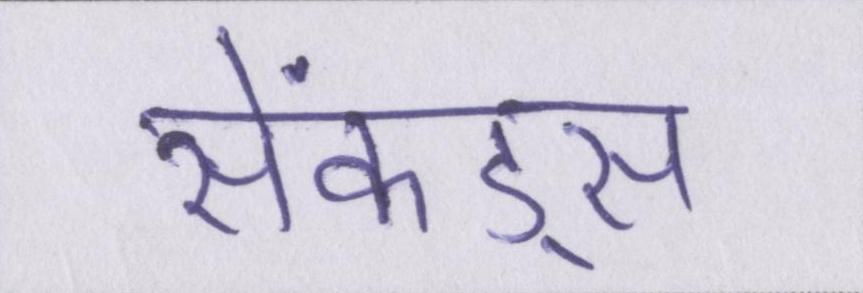
सेकंड्स